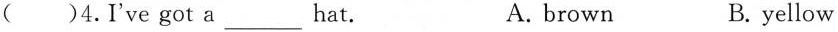
()4.I've got a___ hat. A. brown B. yellow